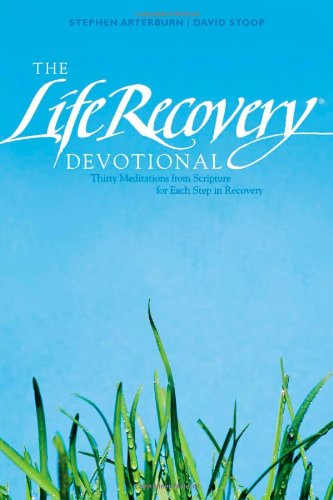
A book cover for The Life Recovery Devotional: Thirty Meditations from Scripture for Each Step in Recovery; Stephen Arterburn; Health, Fitness & Dieting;